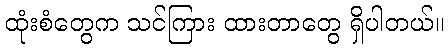
ထုံးစံတွေက သင်ကြား ထားတာတွေ ရှိပါတယ်။